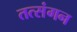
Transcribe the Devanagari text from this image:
तत्संगन